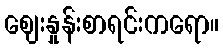
ဈေးနှုန်းစာရင်းကရော။